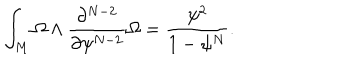
\int _ { M } \Omega \wedge \frac { \partial ^ { N - 2 } } { \partial \psi ^ { N - 2 } } \Omega = \frac { \psi ^ { 2 } } { 1 - \psi ^ { N } } .